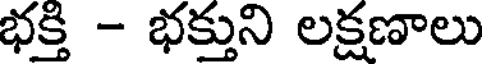
భక్తి - భక్తుని లక్షణాలు